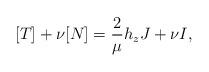
LaTeX: \begin{align*}[T]+\nu [N]=\frac{2}{\mu}h_zJ+\nu I,\end{align*}